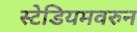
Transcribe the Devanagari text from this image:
स्टेडियमवरुन